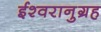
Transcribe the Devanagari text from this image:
ईश्वरानुग्रह